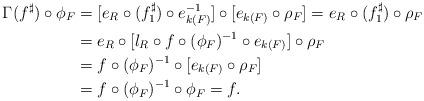
LaTeX: \begin{align*} \Gamma(f^\sharp)\circ\phi_F &=[e_{R}\circ(f^\sharp_1)\circ e^{-1}_{k(F)}]\circ[e_{k(F)}\circ\rho_F] =e_{R}\circ(f^\sharp_1)\circ\rho_F \\ &=e_{R}\circ[l_R\circ f\circ(\phi_F)^{-1}\circ e_{k(F)}]\circ\rho_F \\ &=f\circ(\phi_F)^{-1}\circ[e_{k(F)}\circ\rho_F] \\ &=f\circ(\phi_F)^{-1}\circ\phi_F=f. \end{align*}